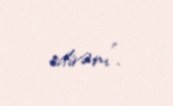
edirəm".